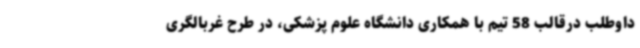
داوطلب درقالب 58 تیم با همکاری دانشگاه علوم پزشکی، در طرح غربالگری